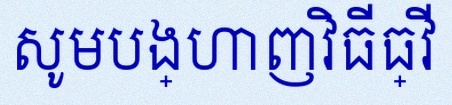
សូមបង្ហាញវិធីធ្វើ